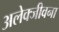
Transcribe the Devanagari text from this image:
अलेक्जीवना